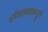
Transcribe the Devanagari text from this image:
धर्मशास्त्रज्ञाकडून